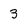
Character: 3